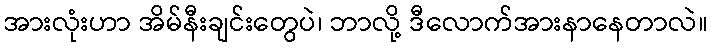
အားလုံးဟာ အိမ်နီးချင်းတွေပဲ၊ ဘာလို့ ဒီလောက်အားနာနေတာလဲ။